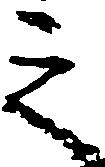
之